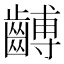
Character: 𪙍